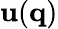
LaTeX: \mathbf{u}(\mathbf{q})